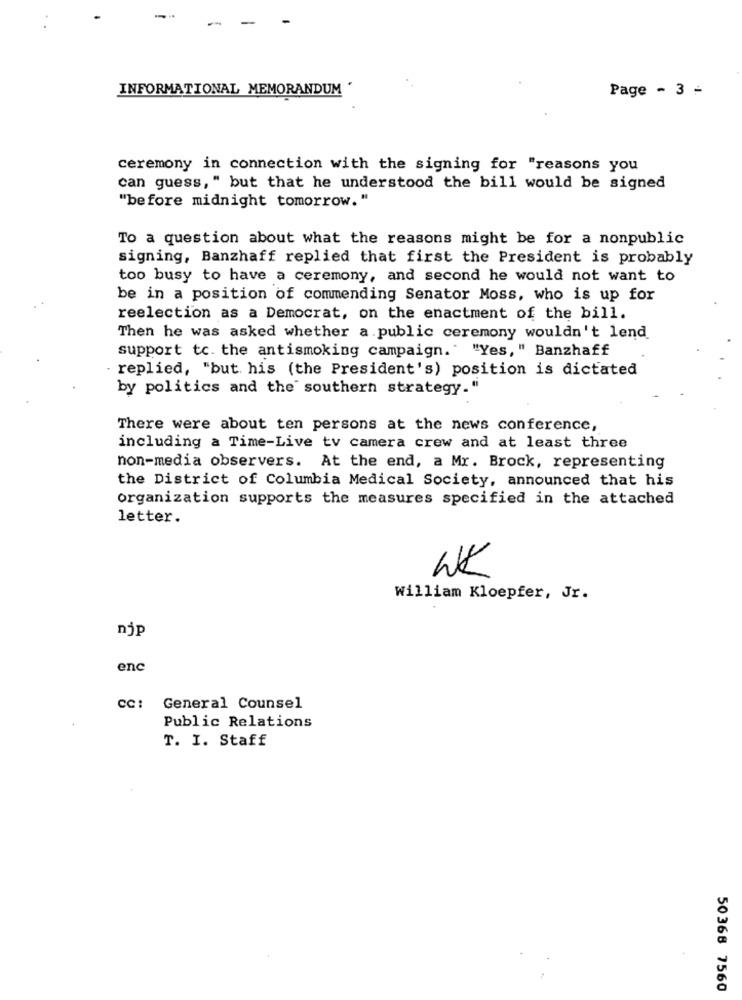
INFORMATIONAL MEMORANDUM '
Page - 3 -
ceremony in connection with the signing for "reasons you
can guess, " but that he understood the bill would be signed
"before midnight tomorrow. "
To a question about what the reasons might be for a nonpublic
signing, Banzhaff replied that first the President is probably
too busy to have a ceremony, and second he would not want to
be in a position of commending Senator Moss, who is up for
reelection as a Democrat, on the enactment of the bill.
Then he was asked whether a public ceremony wouldn't lend
support to. the antismoking campaign." "Yes," Banzhaff
- replied, "but his (the President's) position is dictated
by politics and the southern strategy."
There were about ten persons at the news conference,
including a Time-Live tv camera crew and at least three
non-media observers. At the end, a Mr. Brock, representing
the District of Columbia Medical Society, announced that his
Organization supports the measures specified in the attached
letter.
WK
William Kloepfer, Jr.
njp
enc
CC:
General Counsel
Public Relations
T. I. Staff
50368 7560